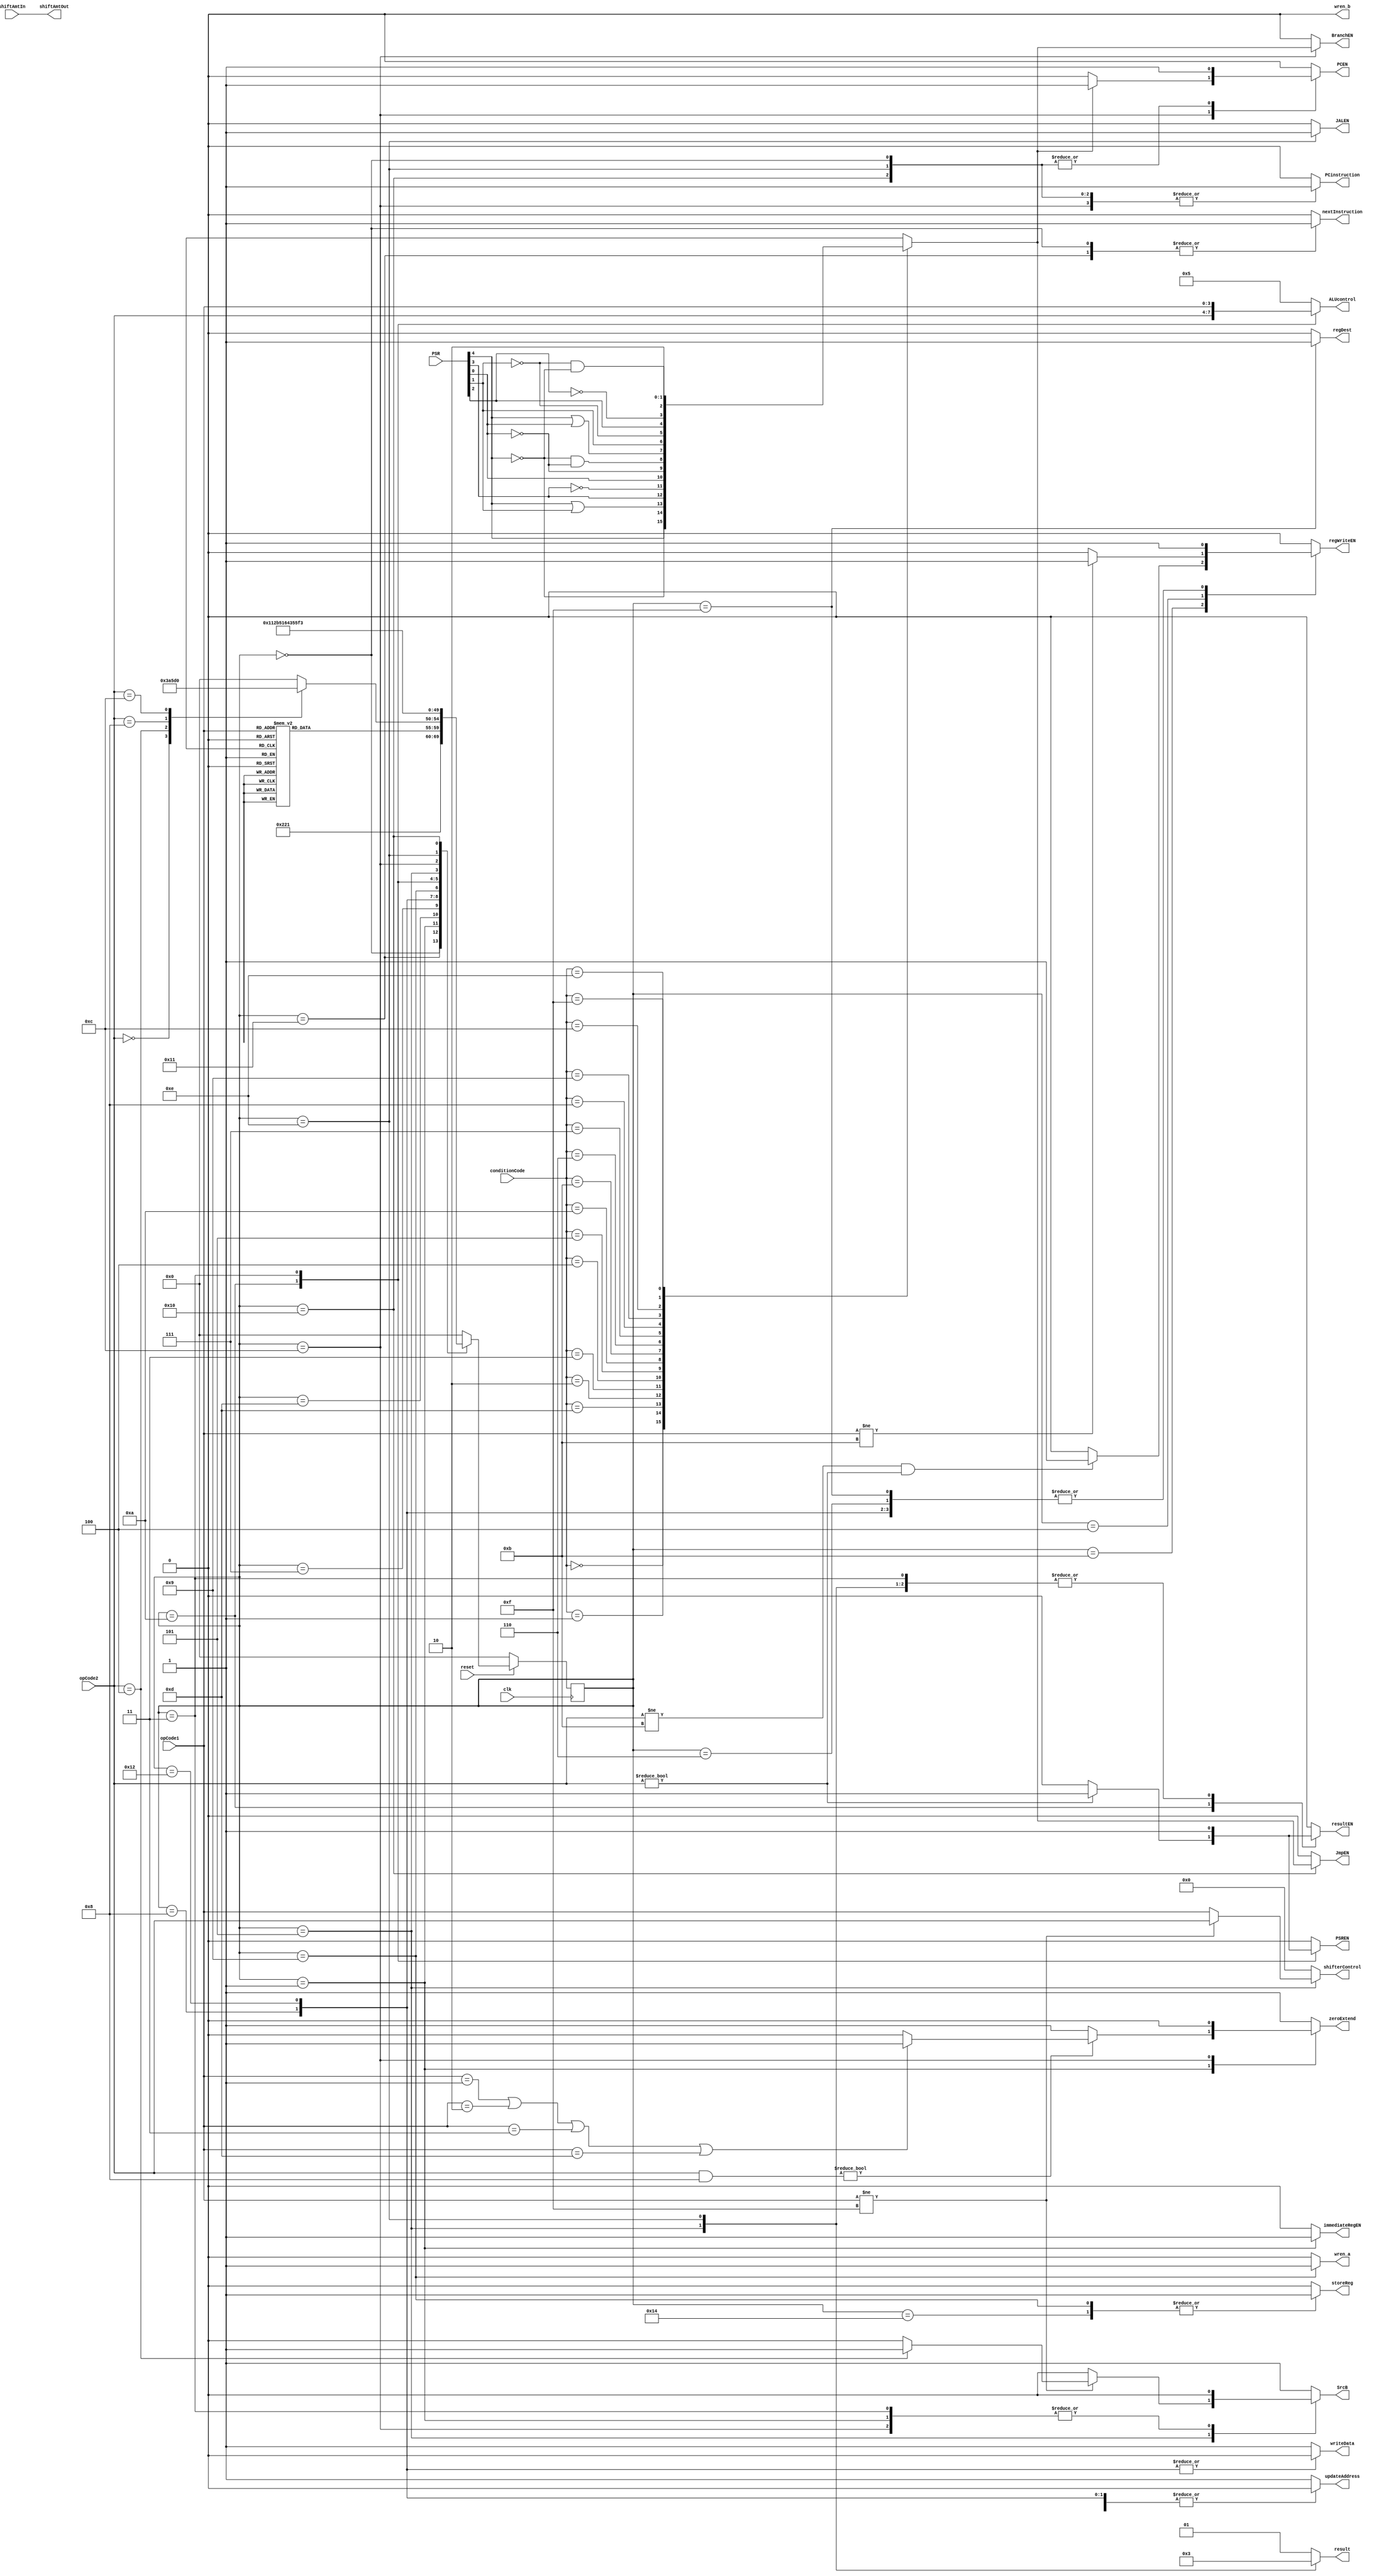
module controlFSM  (
    input clk, reset,
    input [3:0] opCode1, opCode2, conditionCode, shiftAmtIn,
    input [7:0] PSR,
    output reg storeReg, zeroExtend, SrcB, JmpEN, BranchEN, JALEN, PCEN, resultEN, immediateRegEN,
    output reg updateAddress, wren_a, wren_b, nextInstruction, writeData, PSREN,
    output reg regWriteEN, PCinstruction, regDest,
    output reg [3:0] shifterControl, ALUcontrol,
    output [3:0] shiftAmtOut,
    output reg [1:0] result
);
    /// Stages of Execution parameters Start
    localparam FETCH = 5'h0, DECODE = 5'h1,FETCH2 = 5'h11;
    localparam ITYPEEX = 5'h3, ITYPEWR = 5'h4;
    localparam SHIFTEX = 5'h5, SHIFTWR = 5'h6 , SBWR2 = 5'h14, SBWR3 = 5'h17;
    localparam LBRD = 5'h7, LBWR = 5'h8, LBWR2 = 5'h12, LBWR3 = 5'h16;
    localparam SBWR = 5'h9;
    localparam RTYPEEX = 5'ha, RTYPEWR = 5'hb;
    localparam BCONDEX = 5'hc, BCONDEX2 = 5'h15;
    localparam MEMADR = 5'hd;
    localparam JALEX = 5'he, JALWR = 5'hf;
    localparam JCONDEX = 5'h10, JCONDEX2 = 5'h13; 
    /// Stages of Execution parameters End

    /// Decode stage parameters Start
    localparam RTYPE =  4'h0;
    // I-Type Decode start
    localparam ADDI = 4'h5, SUBI = 4'h9;
    localparam CMPI = 4'hb;
    localparam ANDI = 4'h1, ORI = 4'h2, XORI = 4'h3;
    localparam MOVI = 4'hd;
    localparam LUI = 4'hf;
    localparam LB = 4'h0;
    localparam SB = 4'h4;
    localparam JAL = 4'h8;
    localparam JCOND = 4'hc;
    // I-Type Decode end
    localparam MEM_INSTRUCTION =  4'h4;
    localparam SHIFT_INSTRUCTION = 4'h8;
    localparam BCOND =  4'hc;
    /// Decode stage parameters End

    /// FSM State vars 
    reg [4:0] state, nextstate;
    reg passesCond;
    wire [4:0] PSRvals = PSR[4:0];

    always @(posedge clk ) begin
        if(~reset) state <= FETCH;
        else state <= nextstate;
    end

    // Next State Logic (Combinational)
    always @(*) begin
        case(state)
            FETCH:  nextstate <= FETCH2;
            FETCH2: nextstate <= DECODE;
            DECODE:  case(opCode1)
                        MEM_INSTRUCTION:    nextstate <= MEMADR;

                        RTYPE:  nextstate <= RTYPEEX;

                        SHIFT_INSTRUCTION: nextstate <= SHIFTEX;
                        LUI:  nextstate <= SHIFTEX;  
                        
                        ADDI:   nextstate <= ITYPEEX;
                        SUBI:   nextstate <= ITYPEEX;
                        CMPI:   nextstate <= ITYPEEX;
                        ANDI:   nextstate <= ITYPEEX;
                        ORI:    nextstate <= ITYPEEX;
                        XORI:   nextstate <= ITYPEEX;
                        MOVI:   nextstate <= ITYPEEX;

                        BCOND:     nextstate <= BCONDEX;
                        // Implemented for ADDI instruction.
                        default: nextstate <= FETCH; // should never happen
                     endcase
            MEMADR:  case(opCode2)
                        LB:      nextstate <= LBRD;
                        SB:      nextstate <= SBWR;
                        JAL:  nextstate <= JALEX;
                        JCOND: nextstate <= JCONDEX;
                        default: nextstate <= FETCH; // should never happen
                     endcase
            LBRD:    nextstate <= LBWR;
            LBWR:    nextstate <= LBWR2;
				LBWR2:   nextstate <= LBWR3;
            LBWR3:  nextstate <= FETCH;
				
            SBWR:    nextstate <= SBWR2;
			SBWR2:   nextstate <= FETCH;
				// SBWR3:	nextstate <= FETCH;
            
            RTYPEEX: nextstate <= RTYPEWR;
            RTYPEWR: nextstate <= FETCH;

            ITYPEEX: nextstate <= ITYPEWR;
            ITYPEWR: nextstate <= FETCH;

            SHIFTEX: nextstate <= SHIFTWR;
            SHIFTWR: nextstate <= FETCH;
            
            BCONDEX:   nextstate <= BCONDEX2;
				BCONDEX2:   nextstate <= FETCH;
            
            JALEX:     nextstate <= JALWR;
            JALWR:     nextstate <= FETCH;
            
            JCONDEX:  nextstate <= JCONDEX2;
				JCONDEX2:  nextstate <= FETCH;

            default: nextstate <= FETCH; // should never happen
        endcase
    end
        // This combinational block generates the outputs from each state. 
always @(*) begin
        // set all outputs to zero, then conditionally assert just the appropriate ones
        storeReg <= 0;
        zeroExtend <= 1;
        SrcB <= 1;
        JmpEN <= 0;
        BranchEN <= 0;
        JALEN <= 0;
        PCEN <= 0;
        resultEN <= 0;
        immediateRegEN <= 0;
        updateAddress <= 1;
        wren_a <= 0; wren_b <= 0;
        nextInstruction <= 0;
        writeData <= 1;
        PSREN <= 0;
        regWriteEN <= 0;
        PCinstruction <= 0;
        shifterControl <= 4'h0;
		  ALUcontrol <= 4'h5;
        result <= 2'h1;
		  regDest <= 1'b0;
		  
        case(state)
            FETCH: 
                begin

                    nextInstruction <= 1;
                    PCinstruction <= 1;
                    PCEN <= 1;
                end
            FETCH2:  nextInstruction <= 1;
                        
            DECODE:
                begin
                    if(opCode2 & 4'h8) begin
                        zeroExtend <= (opCode1 == 4'h1 || opCode1 == 4'h2 || opCode1 == 4'h3 || opCode1 == 4'hd) ? 1'b1: 1'b0;
                    end
                    SrcB <= 0;
                    immediateRegEN <= 1;
                    // if(opCode1 != BCOND && (opCode1 != MEM_INSTRUCTION || (opCode2 != JAL  || opCode2 != JCOND))) begin // Kinda sus
                    //     // PCinstruction <= 1;
                    //     // PCEN <= 1;
                    // end
                end
            MEMADR:
                begin
                end
            LBRD:
                begin
                    updateAddress <= 0;
						  //writeData <= 0;
                end
            LBWR:
                begin
                    updateAddress <= 0;
                    writeData <= 0;
                    regWriteEN <= 1;
                end
            LBWR2:
                begin
                    updateAddress <= 0;
                    writeData <= 0;
                    regWriteEN <= 1;
                end
            LBWR3:
                begin
                end
            SBWR:
                begin
                    storeReg <= 1;
					updateAddress <= 0;
                    wren_a <= 1;
                end
				SBWR2:
					begin
                    storeReg <= 1;
                    // updateAddress <= 0;
                    // wren_a <= 1;
				   end
				// SBWR3:
				// 	begin
				// 	end
            RTYPEEX: 
                begin
                    ALUcontrol <= opCode2;
						  if(opCode2 != 4'h0) begin
							PSREN <= 1;
							resultEN <= 1;
						  end
                end
            RTYPEWR:
                begin
                    if(opCode2 != 4'hb && opCode2 != 4'b0) begin
                        regWriteEN <= 1;
                    end
                end
            ITYPEEX:
                begin
                    ALUcontrol <= opCode1;
                    SrcB <= 0;
                    PSREN <= 1;
                    resultEN <= 1;
                end
            ITYPEWR:
                begin
                    if(opCode1 != CMPI) begin
                        regWriteEN <= 1;
                    end
                end
            SHIFTEX:
                begin
                    if(opCode1 != LUI) begin
                        SrcB <= (opCode2 == 4'h4) ? 1'b1: 1'b0;
                    end
                    else begin
                        SrcB <= 0;
                    end
                    shifterControl <= (opCode1 != LUI) ? opCode2: opCode1;
                    result <= 2'h0;
                    resultEN <= 1; 
                end
            SHIFTWR:
                begin
                    regWriteEN <= 1;
                end
            BCONDEX:
                begin
                    BranchEN <= passesCond;
                    PCinstruction <= 1;
                    SrcB <= 0;
						  zeroExtend <= 0;
                    if(passesCond)PCEN <= 1;    
                end
				BCONDEX2: 
					begin
					end
            JALEX:
                begin
                    JALEN <= 1;
                    PCinstruction <= 1;
                    result <= 2'b11;
                    resultEN <= 1;
                    PCEN <= 1;
                end
            JALWR:
                begin
                    regWriteEN <= 1;
						  regDest <= 1;
                end
            JCONDEX:
                begin
                    JmpEN <= passesCond;
                    PCinstruction <= 1;
                    PCEN <= 1;
                end
				JCONDEX2:
					 begin
					 end
        endcase
    end
    always @(*) begin
        case(conditionCode)
            4'h0:
                begin
                    passesCond <= PSRvals[4] == 1'b1;
                end
            4'h1:
                begin
                    passesCond <= PSRvals[4] == 1'b0;
                end
            4'hd:
                begin
                    passesCond <= PSRvals[4] == 1'b1 || PSRvals[1] == 1'b1;
                end
            4'h2:
                begin
                    passesCond <= PSRvals[3] == 1'b1;
                end
            4'h3:
                begin
                    passesCond <= PSRvals[3] == 1'b0;
                end
            4'h4:
                begin
                    passesCond <= PSRvals[0] == 1'b1;
                end
            4'h5:
                begin
                    passesCond <= PSRvals[0] == 1'b0;
                end
            4'ha:
                begin
                    passesCond <= PSRvals[4] == 1'b0 && PSRvals[0] == 1'b0;
                end
            4'hb:
                begin
                    passesCond <= PSRvals[4] == 1'b1 || PSRvals[0] == 1'b1;
                end
            4'h6:
                begin
                    passesCond <= PSRvals[1] == 1'b1;
                end
            4'h7:
                begin
                    passesCond <= PSRvals[1] == 1'b0;
                end
            4'h8:
                begin
                    passesCond <= PSRvals[2] == 1'b1;
                end
            4'h9:
                begin
                    passesCond <= PSRvals[2] == 1'b0;
                end
            4'hc:
                begin
                    passesCond <= PSRvals[1] == 1'b0 && PSRvals[4] == 1'b0;
                end
            4'he:
                begin
                    passesCond <= 1;
                end
            4'hf:
                begin
                    passesCond <= 0;
                end
            default:
                begin
                    passesCond <= 0;
                end
        endcase
    end
    assign shiftAmtOut = shiftAmtIn;
endmodule